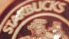
STARBUCKS